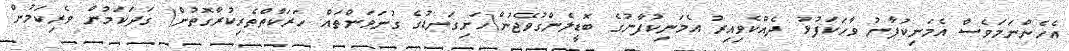
އެހެންނަމަވެސް އެމަނިކުފާނު ވާހަކަފުޅު ދެއްކެވިއިރު އެމަނިކުފާނުގެ ބޮޑީލެންގުވޭޖުން(ހަށިގަނޑުގެ ގުނަވަންތައް ހަރަކާތްތެރިކުރާގޮތުން) ގަދަކަމުން ވެރިކަަމުން